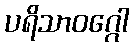
ပရိသာဝဂ္ဂေါ